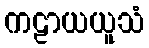
ကဠာယယူသံ